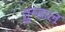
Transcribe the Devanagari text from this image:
तुम्हाल